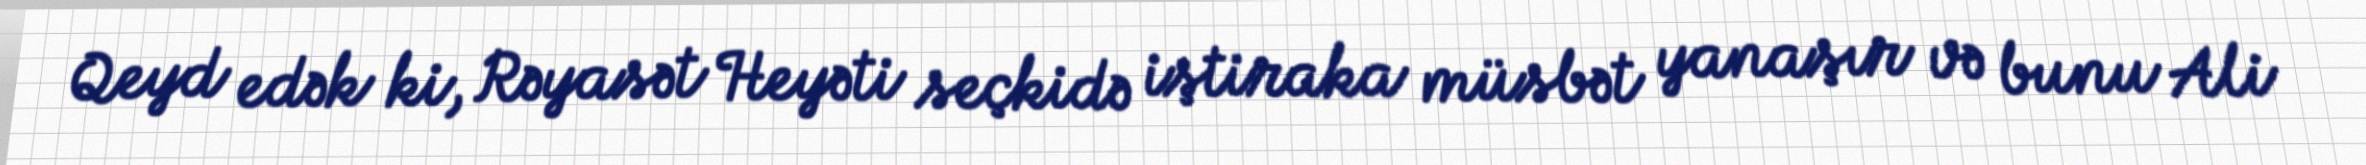
Qeyd edək ki, Rəyasət Heyəti seçkidə iştiraka müsbət yanaşır və bunu Ali